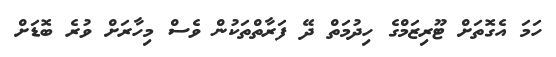
ހަމަ އެގޮތަށް ޓޫރިޒަމްގެ ހިދުމަތް ދޭ ފަރާތްތަކުން ވެސް މިހާރަށް ވުރެ ބޮޑަށް